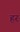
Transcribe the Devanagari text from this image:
हर